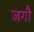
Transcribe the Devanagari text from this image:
जगौ